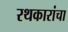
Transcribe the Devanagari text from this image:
रथकारांचा